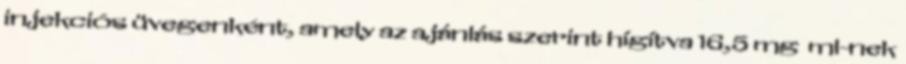
injekciós üvegenként, amely az ajánlás szerint hígítva 16,5 mg ml-nek